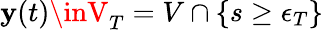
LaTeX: \mathbf{y}(t)\inV_{T}=V\cap\{ s\geq\epsilon_{T}\}